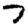
Digit: 7